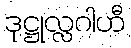
ဒုဋ္ဌုလ္လဂါဟီ